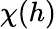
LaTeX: \chi(h)